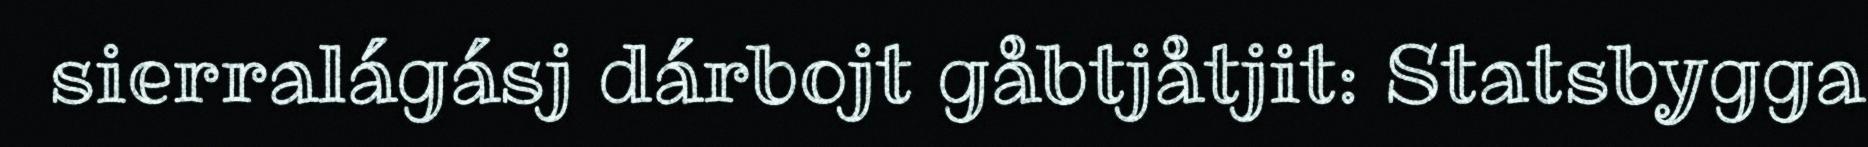
sierralágásj dárbojt gåbtjåtjit: Statsbygga